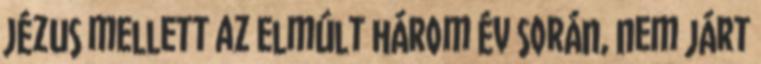
Jézus mellett az elmúlt három év során, nem járt